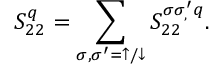
S _ { 2 2 } ^ { q } = \sum _ { \sigma , \sigma ^ { \prime } = \uparrow / \downarrow } S _ { 2 2 } ^ { \sigma \sigma _ { , } ^ { \prime } q } .